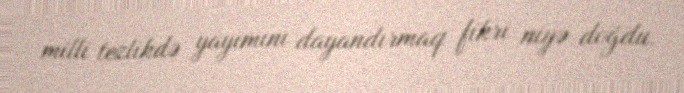
milli tezlikdə yayımını dayandırmaq fikri niyə doğdu.